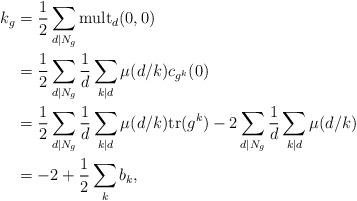
LaTeX: \begin{align*}k_g&=\frac{1}{2}\sum_{d|N_g} \mathrm{mult}_d(0,0) \\ &=\frac{1}{2} \sum_{d|N_g} \frac{1}{d} \sum_{k|d} \mu(d/k) c_{g^k}(0) \\& = \frac{1}{2} \sum_{d|N_g} \frac{1}{d} \sum_{k|d} \mu(d/k) \mathrm{tr}(g^k) - 2\sum_{d|N_g} \frac{1}{d} \sum_{k|d} \mu(d/k) \\&= -2 + \frac{1}{2}\sum_{k} b_k,\end{align*}